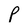
Character: P